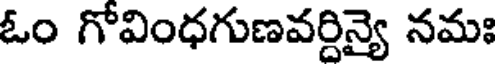
ఓం గోవింధగుణవర్దిన్యై నమః